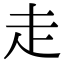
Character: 走